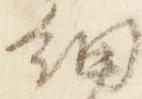
細